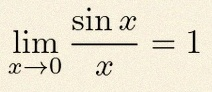
\lim_{x\to0}\frac{\sin x}{x}=1